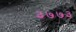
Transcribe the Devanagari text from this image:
३७७३